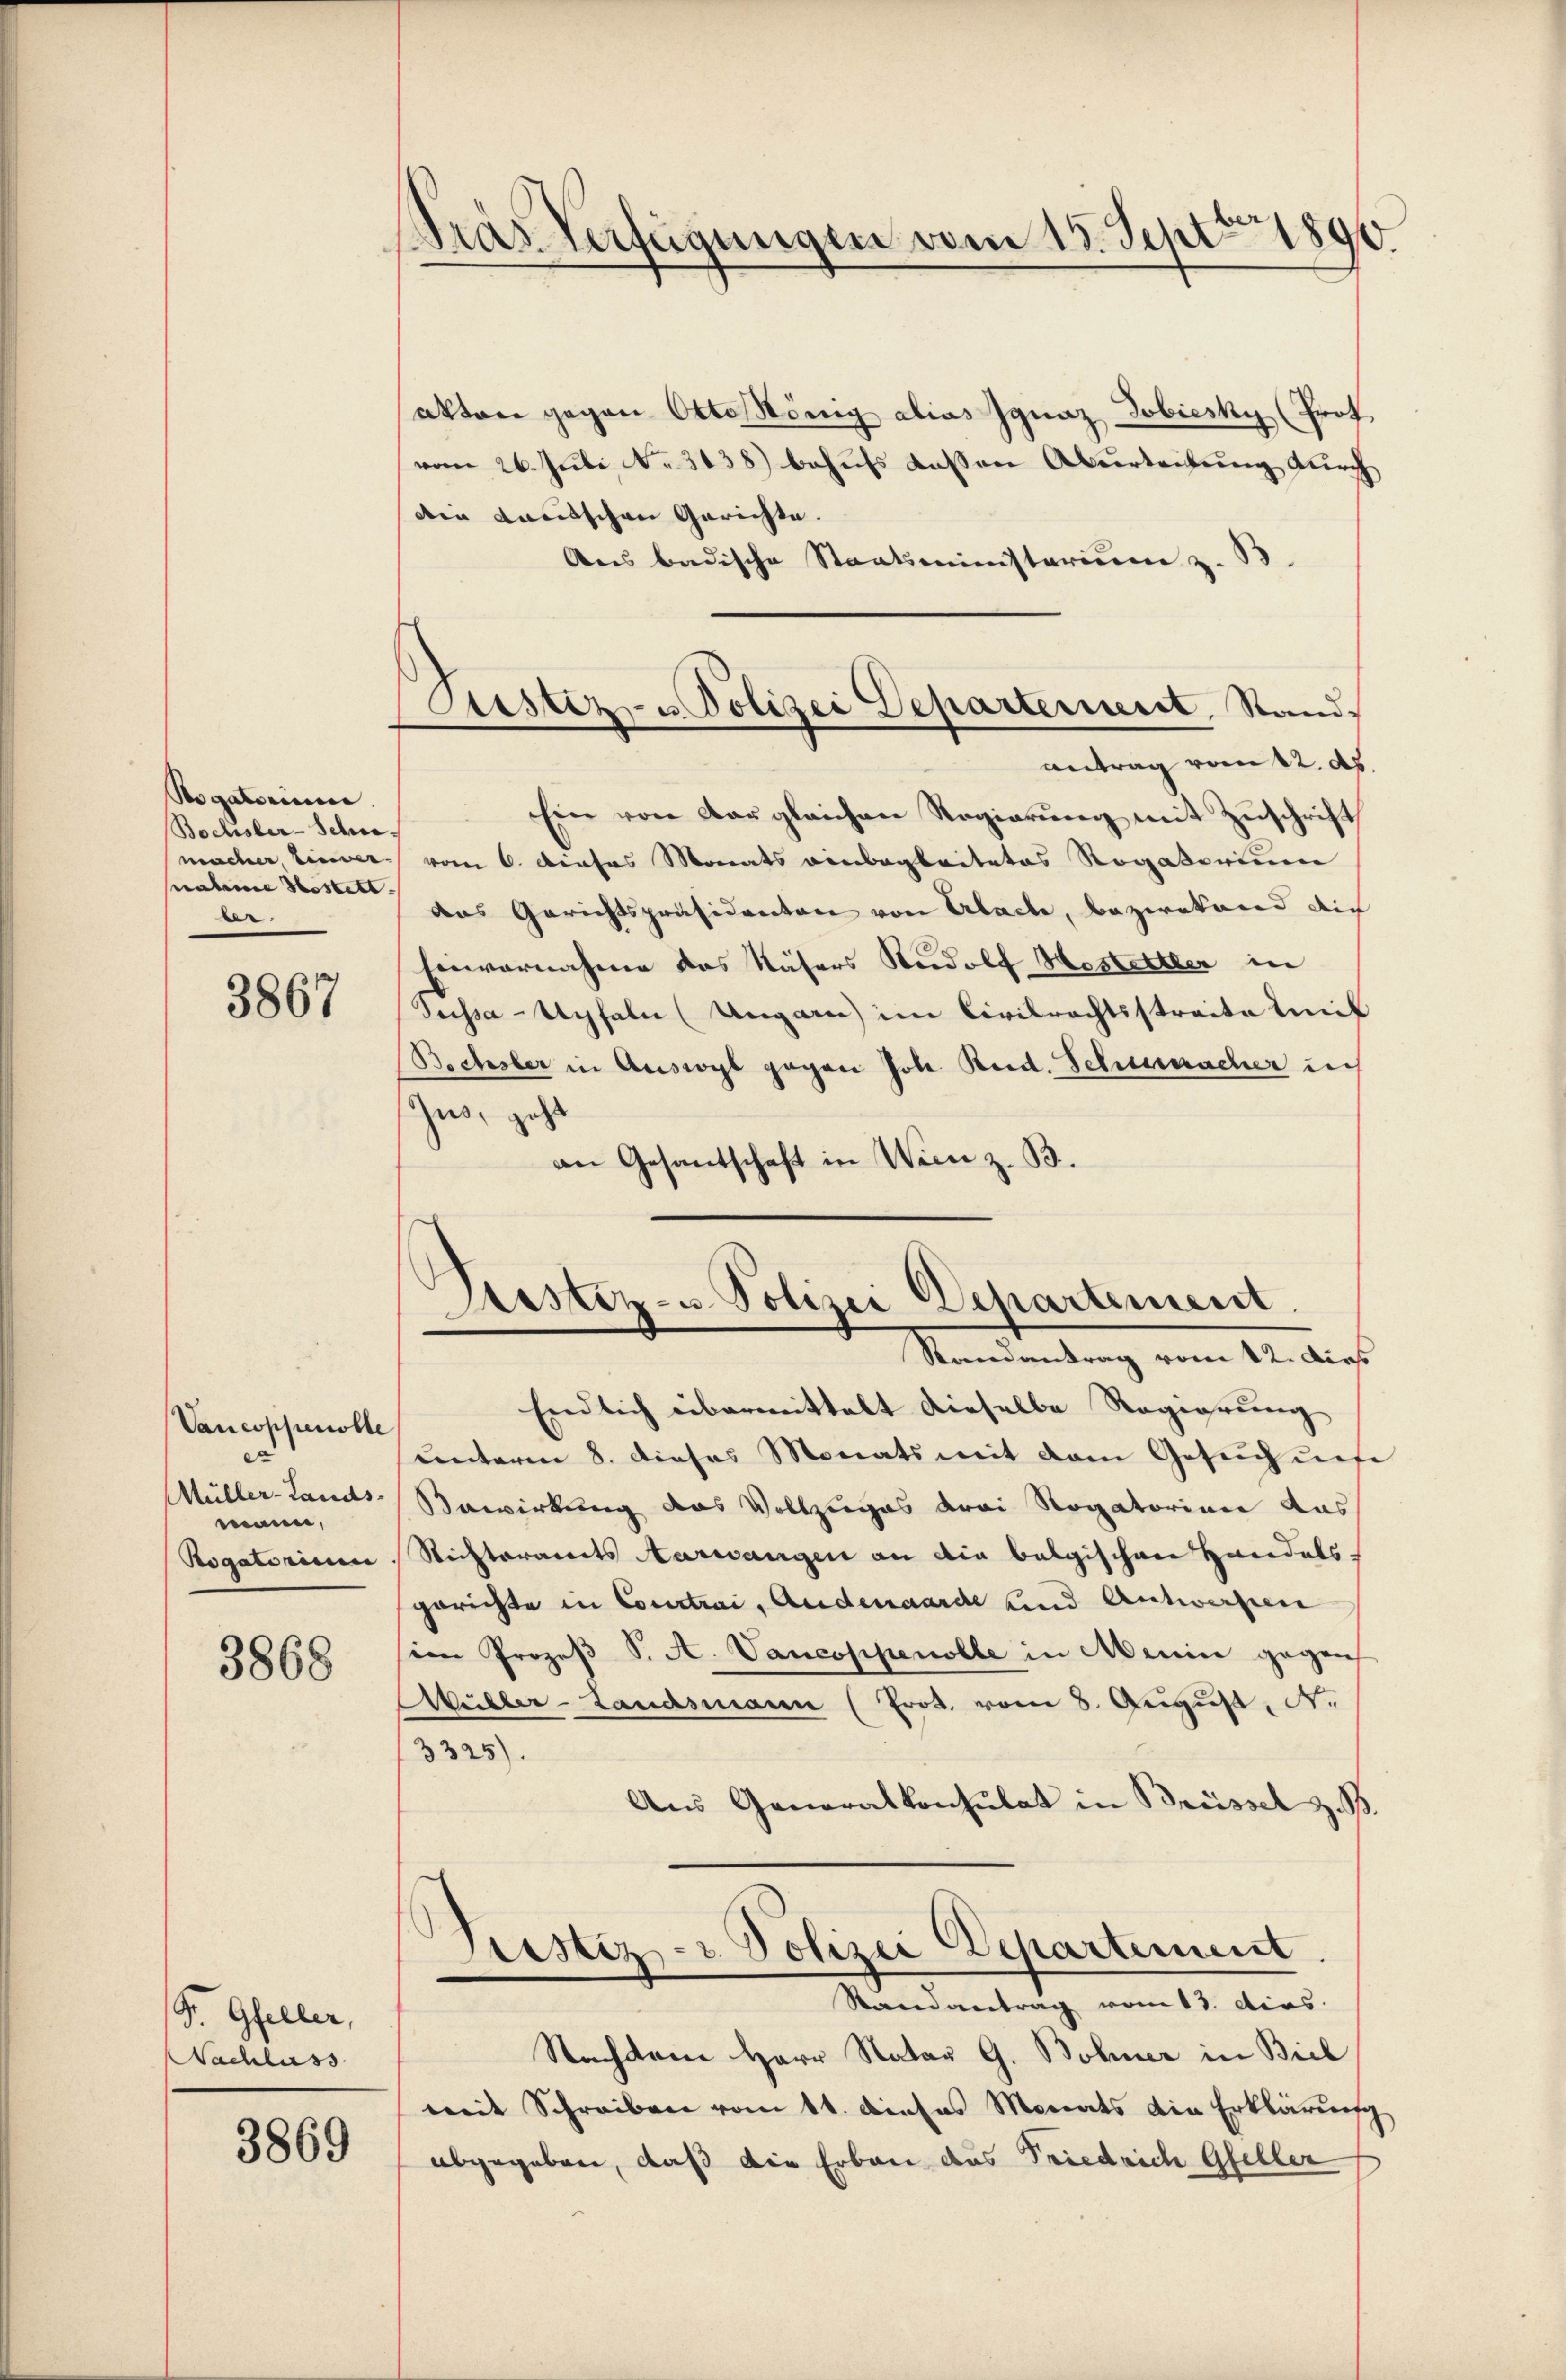
Rogatorium
Bochsler-Schne
macher Linier. |
nahme bestelt.
er.

3867

Vancoppenolle
ex
Müller-Lands-
mann,
Rogatorium

3868

Str. Gfeller,
Nachlass

3869

dras Verfügungen vom 15. Sept 1890

Justiz- u. Polizei Departement, Stand,
antrag vom 12. ds

Pestiz- u. Polizei Departement
Randantrag vom 12. dies

akten gegen Otto König alias Ignaz Gobiesky (Prof
vom 26. Juli No 3138) behufs dassen Überleitung durch
Die Kautschen Gerichte.
Ans badische Staatsministerium z. B.
Ein von der gleichen Regierung mit Zuschrift
vom 6. dieses Monats einbegleitetes Rogatorium
das Gerichtspräsidenten von Erlache, bezwekend die
Einvernahme das Näsers Rudolf Hestellter in
Suissa-Apfeln (Ungarn im Civilrechtsstreite mit
Bochsler in Ausrogl gegen Joh. Reid. Schumacher in
Zus, geht
an Gesantschaft in Wien z. B.

Endlich übermittelt dieselbe Regierung
unterm 8. dieses Monats mit dem Gesuch unse
Bawirkung das Vollzuges drei Rogatorien das
Richteramts Aarwangen an die belgischen Handels.
gerichte in Courtrai, Anderaarde und Antworfen
im Prozeβ S. A. Vancoppenolle in Menice gegen
Wüller-Landsmann (Erot. vom 8. Aŭgŭst N.
3325).
Aus Generalkonsulat in Brüssel z. B.
Prestiz- & Polizei Departement
Randantrag vom 13. dies
Nachdem Herr Natar G. Bohner in Biel
mit Schreiben vom 11. denses Monats die Erklärung
abgegeben, daß die Erbau das Friedrich Gfeller